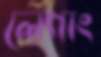
লেগাং